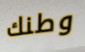
وطنك